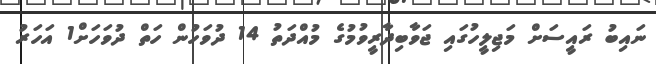
ނައިބު ރައީސަށް މަޖިލީހުގައި ޖަވާބިދާރީވުމުގެ މުއްދަތު 14 ދުވަހުން ހަތް ދުވަހަށް1 އަހަރު